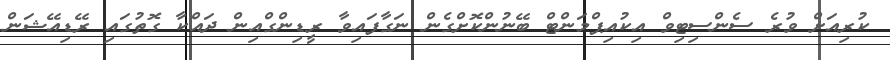
ކުރިއަށް ވުރެ ސެންސިޓިވް އިކުއިޕްމަންޓް ބޭނުންކޮށްގެން ނަގާފައިވާ ރީޑިންގްއިން ދައްކާ ގޮތުގައި ރޭޑިއޭޝަން